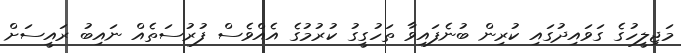
މަޖިލީހުގެ ގަވައިދުގައި ކުރިން ބުނެފައިވާ ތަހުގީގު ކުރުމުގެ އެއްވެސް ފުރުސަތެއް ނައިބު ރައީސަށް